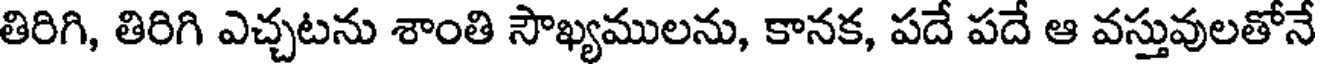
తిరిగి, తిరిగి ఎచ్చటను శాంతి సౌఖ్యములను, కానక, పదే పదే ఆ వస్తువులతోనే